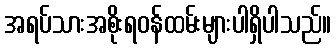
အရပ်သားအစိုးရဝန်ထမ်းများပါရှိပါသည်။